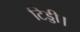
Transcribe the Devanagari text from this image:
टिड्डी।